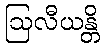
ဩလီယန္တိ